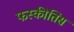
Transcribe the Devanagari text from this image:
फस्कीतिस